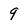
Character: 9